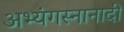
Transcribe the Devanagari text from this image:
अभ्यंगस्नानादी